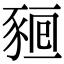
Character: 𧱖